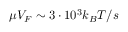
\mu { \cal V } _ { F } \sim 3 \cdot 1 0 ^ { 3 } k _ { B } T / s